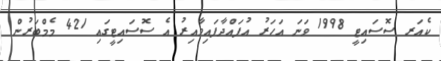
ކެއަރ ސޮސައިޓީ 1998 ވަނަ އަހަރު އުފައްދާފައިވާއިރު އެ ސޮސައިޓީގައި 421 މެމްބަރުން